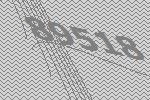
89518